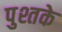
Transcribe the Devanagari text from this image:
पुश्तके